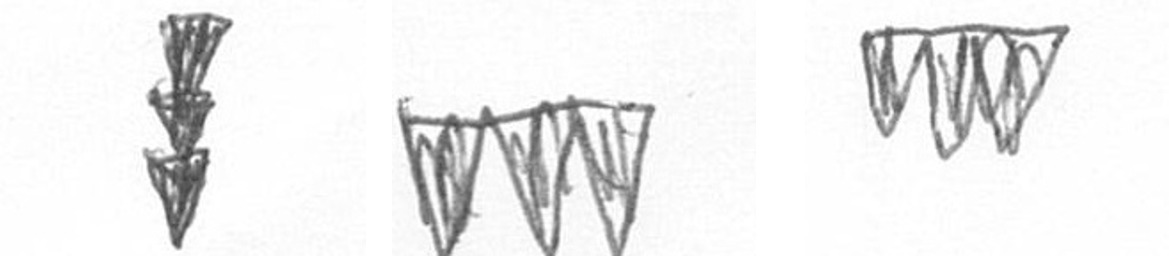
E L L